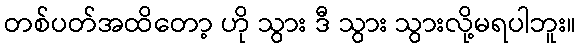
တစ်ပတ်အထိတော့ ဟို သွား ဒီ သွား သွားလို့မရပါဘူး။